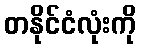
တနိုင်ငံလုံးကို